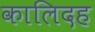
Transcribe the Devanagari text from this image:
कालिदह